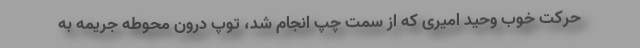
حرکت خوب وحید امیری که از سمت چپ انجام شد، توپ درون محوطه جریمه به